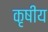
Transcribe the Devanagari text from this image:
कृषीय